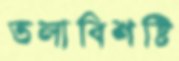
তলাবিশষ্টি